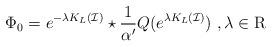
LaTeX: \begin{align*}\Phi_0=e^{-\lambda K_L(\mathcal{I})}\star \frac{1}{\alpha'}Q( e^{\lambda K_L(\mathcal{I})}) \ , \lambda \in \mathrm{R}\end{align*}